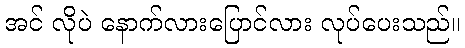
အင် လိုပဲ နောက်လားပြောင်လား လုပ်ပေးသည်။